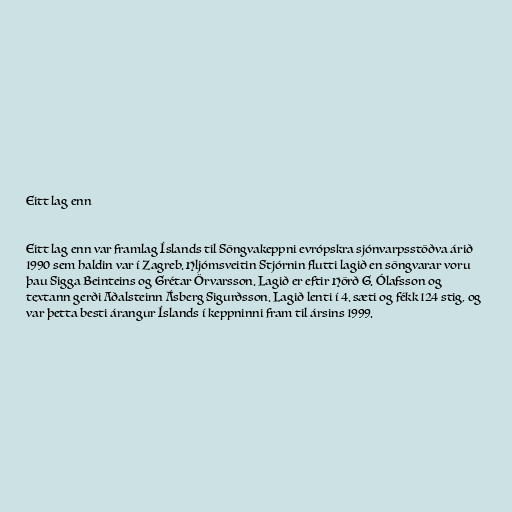
Eitt lag enn

Eitt lag enn var framlag Íslands til Söngvakeppni evrópskra sjónvarpsstöðva árið
1990 sem haldin var í Zagreb. Hljómsveitin Stjórnin flutti lagið en söngvarar voru
þau Sigga Beinteins og Grétar Örvarsson. Lagið er eftir Hörð G. Ólafsson og
textann gerði Aðalsteinn Ásberg Sigurðsson. Lagið lenti í 4. sæti og fékk 124 stig, og
var þetta besti árangur Íslands í keppninni fram til ársins 1999.